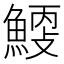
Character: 𩹐